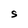
Character: S